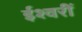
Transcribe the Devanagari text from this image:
ईश्वरीं